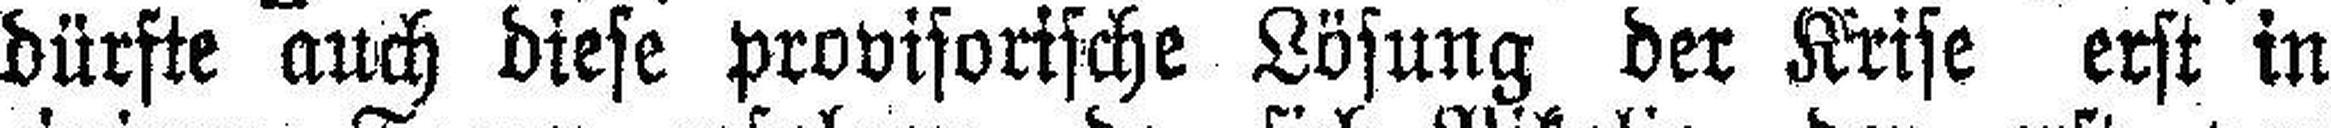
dürfte auch diese provisorische Lösung der Krise erst in